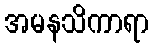
အမနသိကာရာ